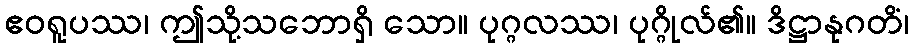
ဧဝရူပဿ၊ ဤသို့သဘောရှိ သော။ ပုဂ္ဂလဿ၊ ပုဂ္ဂိုလ်၏။ ဒိဋ္ဌာနုဂတိံ၊